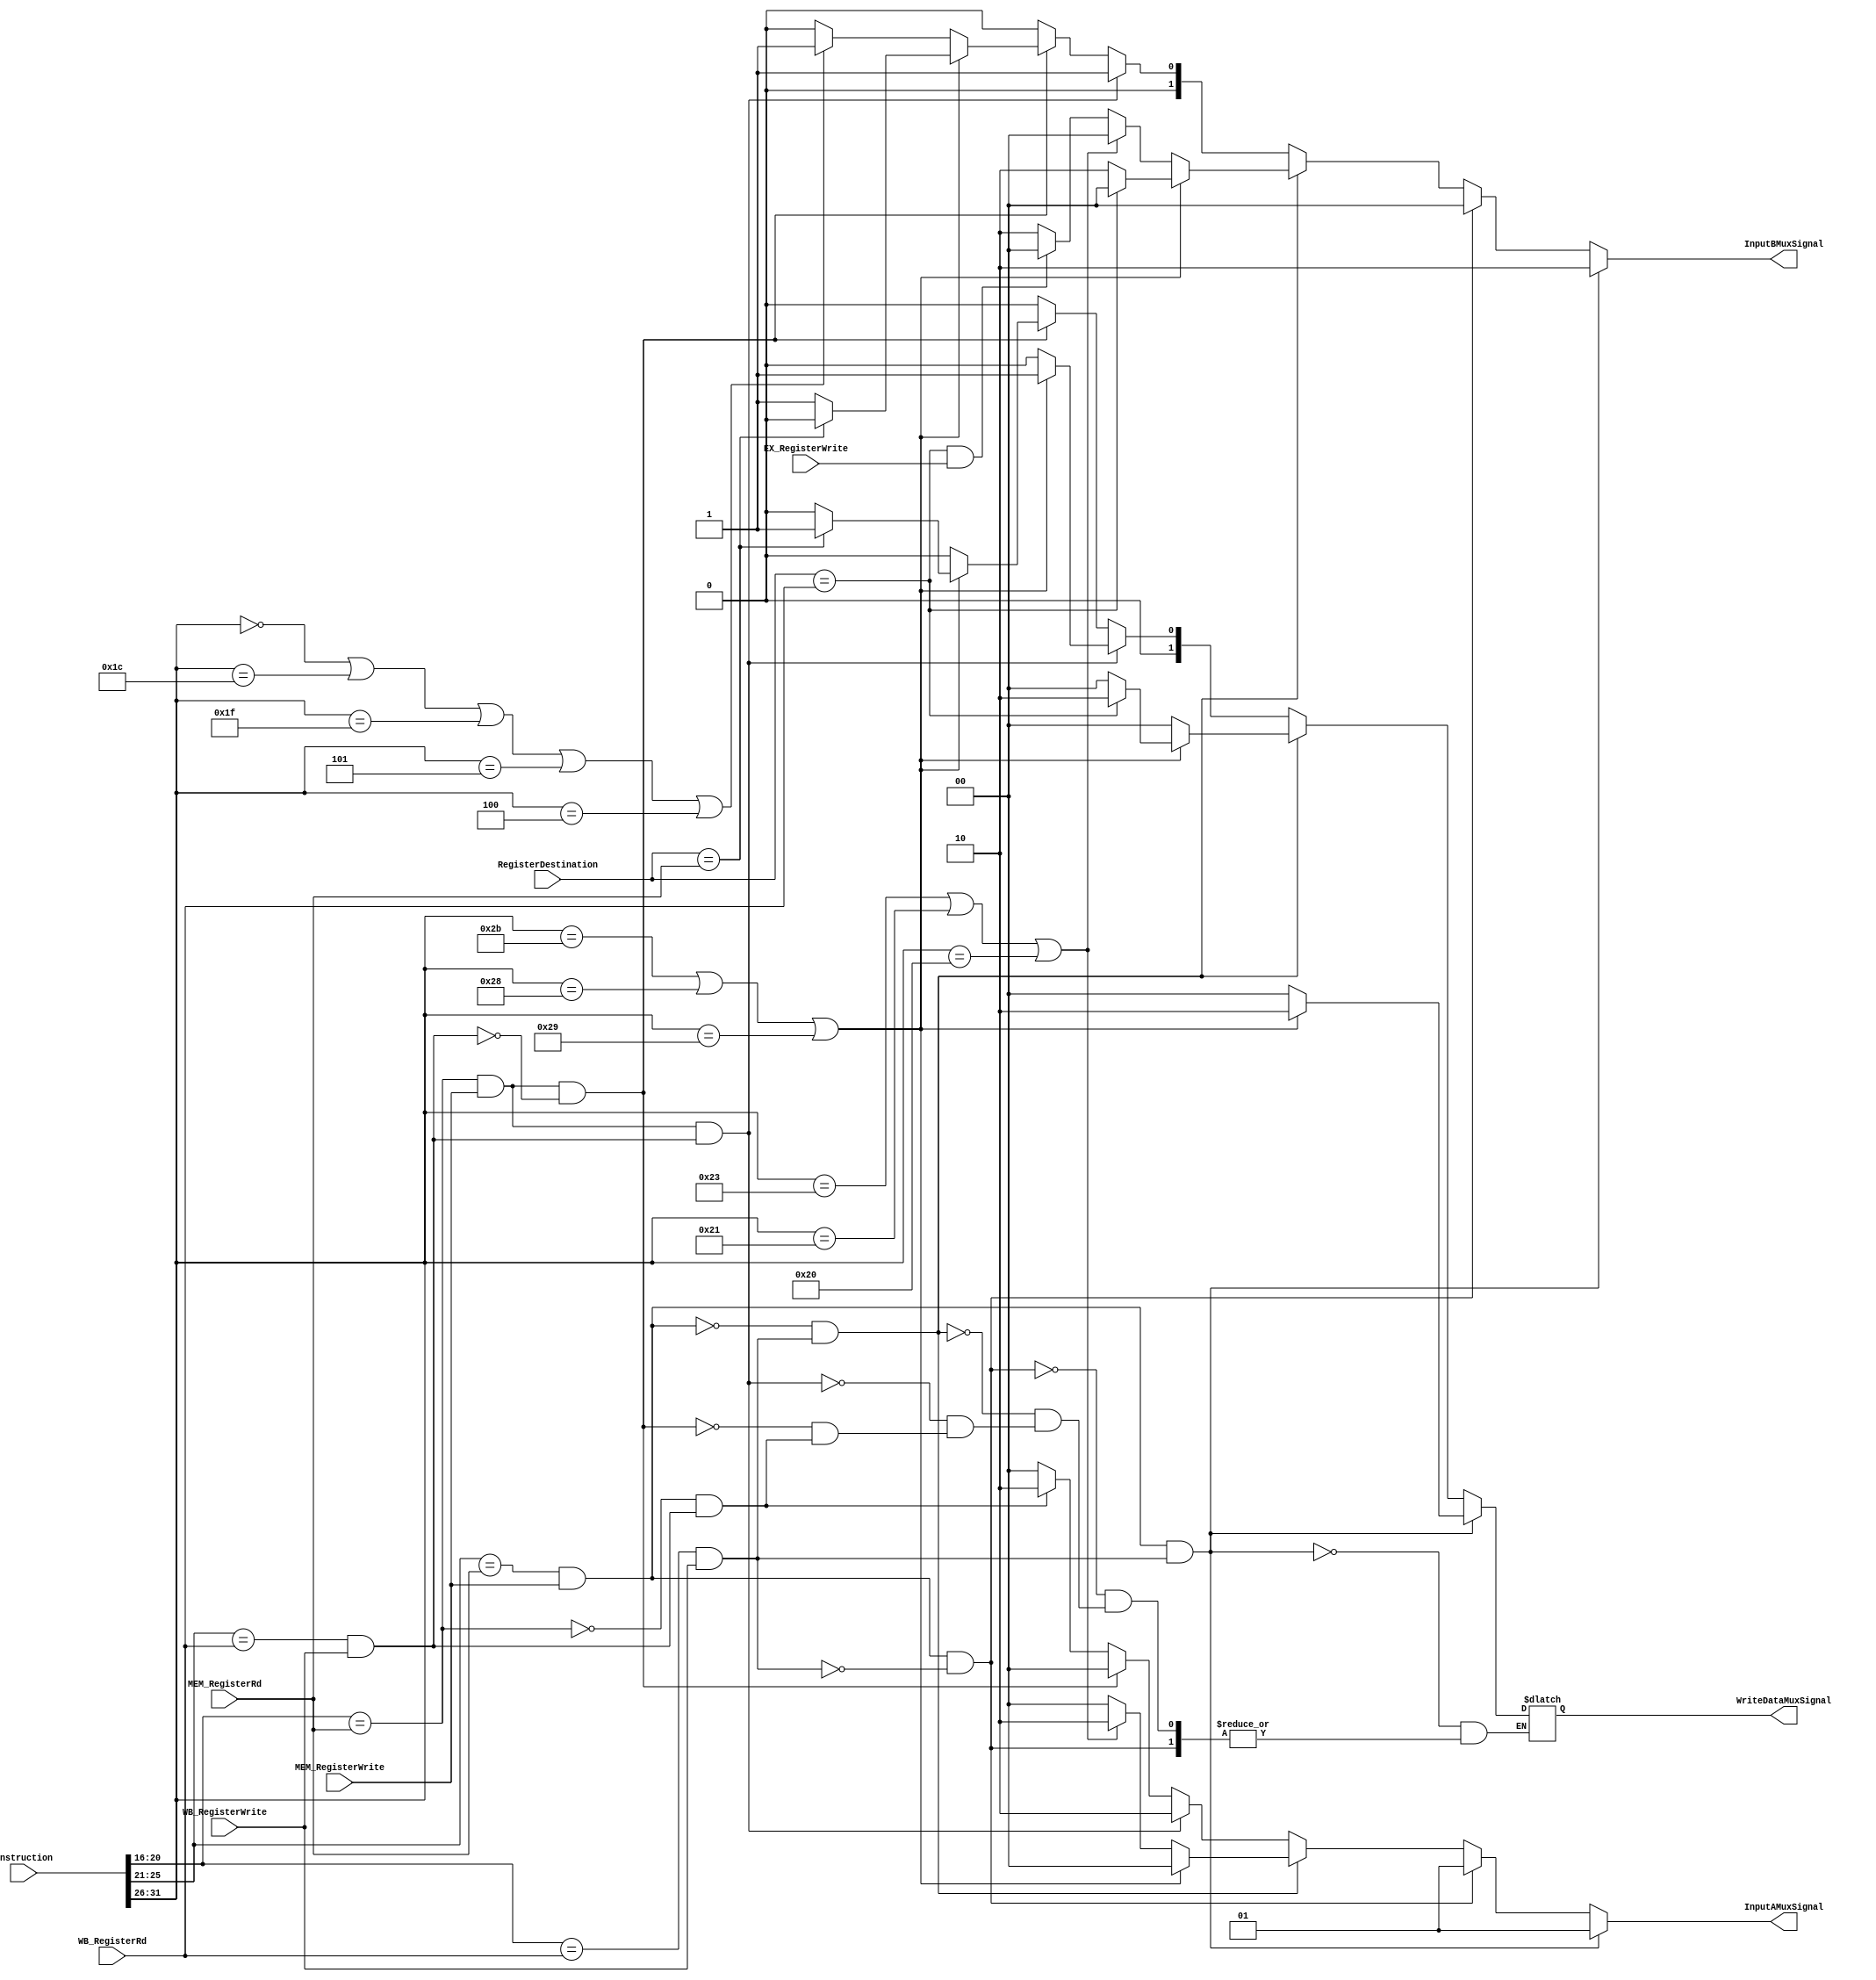
`timescale 1ns / 1ps
//////////////////////////////////////////////////////////////////////////////////
// Company: 
// Engineer: 
// 
// Design Name: 
// Module Name: ForwardingUnit
// Project Name: 
// Target Devices: 
// Tool Versions: 
// Description: 
// 
// Dependencies: 
// 
// Revision:
// Revision 0.01 - File Created
// Additional Comments:
// 
//////////////////////////////////////////////////////////////////////////////////


module ForwardingUnit(RegisterDestination, EX_RegisterWrite, Instruction, MEM_RegisterRd, MEM_RegisterWrite, WB_RegisterRd, WB_RegisterWrite, InputAMuxSignal, InputBMuxSignal, WriteDataMuxSignal);
input [31:0] RegisterDestination;
input [31:0]Instruction;
input [31:0]MEM_RegisterRd;
input [31:0]WB_RegisterRd;
input EX_RegisterWrite, MEM_RegisterWrite, WB_RegisterWrite;
output reg [1:0] InputAMuxSignal, InputBMuxSignal, WriteDataMuxSignal;
reg [31:0]EX_Rt; // Bits 20-16
reg [31:0]EX_Rs; // Bits 25-21
reg [5:0]Opcode;
reg [5:0]Function;

always @(*)begin
EX_Rt <= Instruction[20:16];
EX_Rs <= Instruction[25:21];
Opcode <= Instruction[31:26];
Function <= Instruction[5:0];

/*Checks if rs regsiter rs equal to register desination in Memory stage*/
if(((EX_Rs == MEM_RegisterRd) && (MEM_RegisterWrite == 'b1)) && ((EX_Rt == WB_RegisterRd) && (WB_RegisterWrite == 'b1)))begin
    if(Opcode=='b101011 || Opcode=='b101000 || Opcode=='b101001)begin
    WriteDataMuxSignal <= 'b10;
    end
    else begin
    WriteDataMuxSignal <= 'b00;
    end
    InputAMuxSignal <= 'b01;
    InputBMuxSignal <= 'b10;
end
else if(((EX_Rs == MEM_RegisterRd) && (MEM_RegisterWrite == 'b1)) && !((EX_Rt == WB_RegisterRd) && (WB_RegisterWrite == 'b1)))begin
    InputAMuxSignal <= 'b01;
    InputBMuxSignal <='b00;
end
else if(!((EX_Rs == MEM_RegisterRd) && (MEM_RegisterWrite == 1)) && ((EX_Rt == WB_RegisterRd) && (WB_RegisterWrite == 1)))begin
    if(Opcode=='b101011 || Opcode=='b101000 || Opcode=='b101001)begin // sw, sh, sb
    if(RegisterDestination == WB_RegisterRd)begin
    InputAMuxSignal <= 'b00;
    InputBMuxSignal <='b00;
    WriteDataMuxSignal <= 'b10;
    end
    else begin
    InputAMuxSignal <= 'b00;
    InputBMuxSignal <='b10;
    WriteDataMuxSignal <= 'b00;
    end
    end
    //loads
    else if((Opcode == 'b100011 || Opcode == 'b100001 || Opcode == 'b100000))begin //lw, lh, lb
    InputAMuxSignal <= 'b10;
    InputBMuxSignal <='b00;
    WriteDataMuxSignal <= 'b00;
    end
    
    //Arithmetic
    else begin
    if((RegisterDestination == WB_RegisterRd) && (EX_RegisterWrite == 1))begin //This should work, may need to include second RegDst signal that is used for JAL
    InputAMuxSignal <='b00;
    InputBMuxSignal <='b00;
    WriteDataMuxSignal <= 'b00;
    end
    else begin
    InputAMuxSignal <='b00;
    InputBMuxSignal <='b10;
    WriteDataMuxSignal <= 'b00;
    end
    end
end
// RT dependencies
else if(((EX_Rt == MEM_RegisterRd) && (MEM_RegisterWrite == 'b1)) && ((EX_Rs == WB_RegisterRd) && (WB_RegisterWrite == 'b1)))begin
    if(Opcode=='b101011 || Opcode=='b101000 || Opcode=='b101001)begin
    WriteDataMuxSignal <= 'b01;
    end
    else begin
    WriteDataMuxSignal <= 'b00;
    end
    InputAMuxSignal <='b10;
    InputBMuxSignal <='b01;
end
else if(((EX_Rt == MEM_RegisterRd) && (MEM_RegisterWrite == 'b1)) && !((EX_Rs == WB_RegisterRd) && (WB_RegisterWrite == 'b1)))begin
    if(Opcode=='b101011 || Opcode=='b101000 || Opcode=='b101001)begin // sw, sh, sb
        if(RegisterDestination == MEM_RegisterRd)begin
            InputAMuxSignal <= 'b00;
            InputBMuxSignal <='b00;
            WriteDataMuxSignal <= 'b01;
        end
        else begin
            InputAMuxSignal <= 'b00;
            InputBMuxSignal <='b01;
            WriteDataMuxSignal <= 'b00;
        end
    end
    //loads
    else if(!(Opcode=='b000000 || Opcode=='b011100 || Opcode=='b011111 || Opcode=='b000101 || Opcode=='b000100))begin //if not rd, rs, rt or rs, rt (arithmetic, beq, bne)
        InputAMuxSignal <= 'b00;
        InputBMuxSignal <='b00;
        WriteDataMuxSignal <= 'b00;
    end
    //Arithmetic
    /*else begin
    if((RegisterDestination == MEM_RegisterRd) && (EX_RegisterWrite == 1))begin //This should work, may need to include second RegDst signal that is used for JAL
    InputAMuxSignal <='b00;
    InputBMuxSignal <='b00;
    WriteDataMuxSignal <= 'b00;
    end*/
    else begin
    InputAMuxSignal <='b00;
    InputBMuxSignal <='b01;
    WriteDataMuxSignal <= 'b00;
    end
    //end
end
else if(!((EX_Rt == MEM_RegisterRd) /*&& (MEM_RegisterWrite == 'b1)*/) && ((EX_Rs == WB_RegisterRd) && (WB_RegisterWrite == 'b1)))begin
    InputAMuxSignal <='b10;
    InputBMuxSignal <='b00;
end
/**/
else begin
    WriteDataMuxSignal <= 'b00;
    InputAMuxSignal <= 'b00;
    InputBMuxSignal <= 'b00;
end

end

endmodule